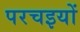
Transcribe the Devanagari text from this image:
परचइयों